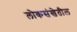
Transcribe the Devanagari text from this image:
लोकसंखेतील